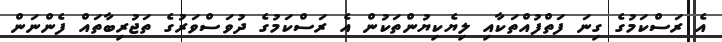
އެ ރަސްކަމުގެ ގިނަ ފަތްފުއްތަކާއި ލިޔެކިޔުންތަކުން އެ ރަސްކަމުގެ ދުވަސްވަރުގެ ތަޖުރިބާތައް ފެންނަން